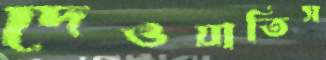
দেওয়াতিস